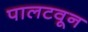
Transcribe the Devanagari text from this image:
पालटवून